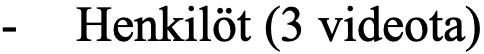
- Henkilöt (3 videota)